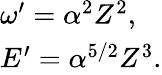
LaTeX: \begin{array}{l}{\omega^{\prime}=\alpha^{2}Z^{2},}\\ {E^{\prime}=\alpha^{5/2}Z^{3}.}\end{array}